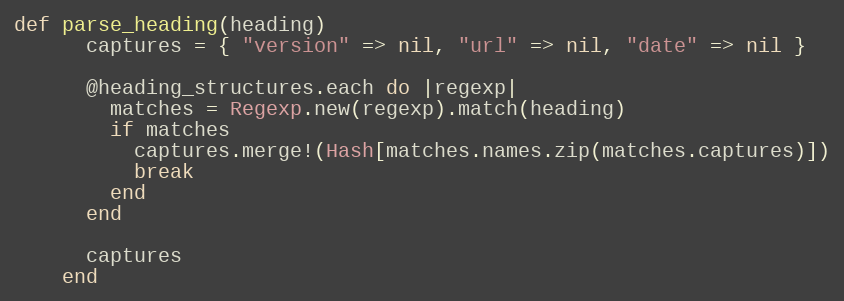
Language: Ruby
def parse_heading(heading)
      captures = { "version" => nil, "url" => nil, "date" => nil }

      @heading_structures.each do |regexp|
        matches = Regexp.new(regexp).match(heading)
        if matches
          captures.merge!(Hash[matches.names.zip(matches.captures)])
          break
        end
      end

      captures
    end